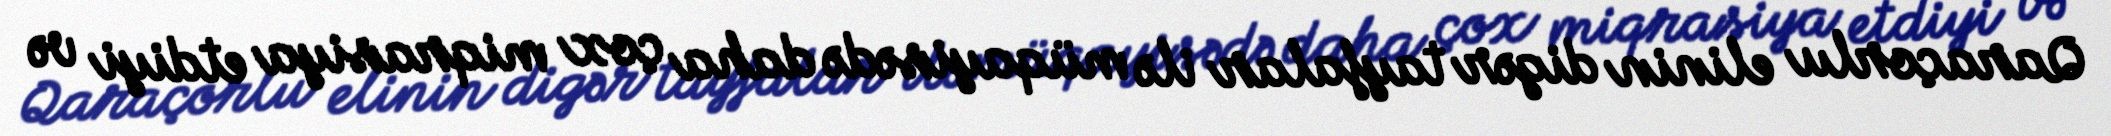
Qaraçorlu elinin digər tayfalar ilə müqayisədə daha çox miqrasiya etdiyi və